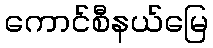
ကောင်စီနယ်မြေ